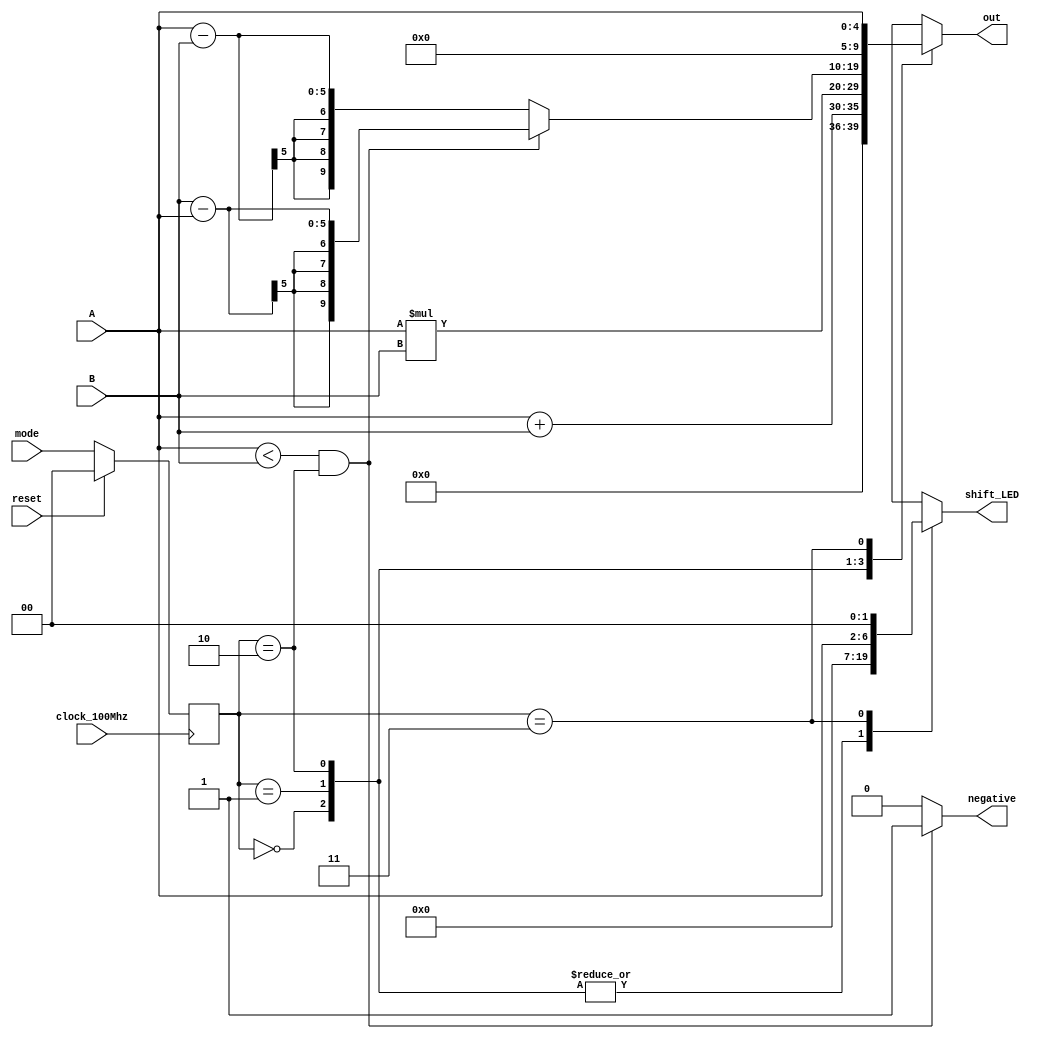
`timescale 1ns / 1ps
//////////////////////////////////////////////////////////////////////////////////
// Company: 
// Engineer: 
// 
// Design Name: 
// Module Name: alu_core
// Project Name: 
// Target Devices: 
// Tool Versions: 
// Description: 
// 
// Dependencies: 
// 
// Revision:
// Revision 0.01 - File Created
// Additional Comments:
// 
//////////////////////////////////////////////////////////////////////////////////


module alu_core(
    input [4:0] A,
    input clock_100Mhz,
    input reset,
    input [4:0] B,
    input [1:0] mode,
    output reg [9:0] out,
    output reg negative,
    output reg [9:0] shift_LED
    );
    
    
    reg [9:0] sum, product, diff, shift;
    
    reg [1:0] state;
    wire [1:0] nextstate;
    
    parameter S0 = 2'b00; //define states
    parameter S1 = 2'b01;
    parameter S2 = 2'b10;
    parameter S3 = 2'b11;
     
     
    always @(A or B)  //sequential block for setting each of the potential outputs
    begin
    sum = A + B;
    product = A * B;
    if (A < B && state == S2)
    begin
        diff = B - A;
        negative = 1;
    end
    else
    begin
        diff = A - B;
        negative = 0;
    end
    shift  = {2'b00, A[4:0], 2'b00};
    end
    
 
    //update the state based on the input from the switches on every clock cycle
    always @(posedge clock_100Mhz) //next state logic
    begin
        if (reset == 1)
            state = S0;
        else
            state = nextstate;
    end
    
    //next state is always based on the switch input
    assign nextstate = mode;
    
    
    always @(A or B or state) //4-1 mux to set output based on state
    begin   
        case(state)
            S0: 
            begin
                out = sum;
                shift_LED = 0;
            end
            S1: 
            begin
                out = product;
                shift_LED = 0;
            end
            S2: 
            begin
                out = diff;
                shift_LED = 0;
            end
            S3:
            begin
                out = A;
                shift_LED = shift;
            end
            default: out = 9'b000000000;
        endcase
    end
    
endmodule